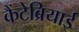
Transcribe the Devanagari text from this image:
कैंटेब्रियाई